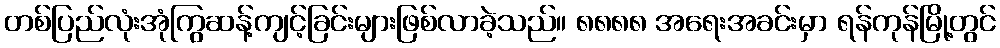
တစ်ပြည်လုံးအုံကြွဆန့်ကျင့်ခြင်းများဖြစ်လာခဲ့သည်။ ၈၈၈၈ အရေးအခင်းမှာ ရန်ကုန်မြို့တွင်